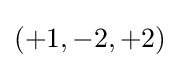
(+1,-2,+2)